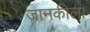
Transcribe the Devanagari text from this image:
जानकीला